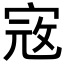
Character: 𡨥